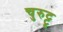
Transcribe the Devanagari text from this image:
चुरुट्टू